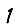
Digit: 1